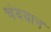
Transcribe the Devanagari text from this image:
चंदयान